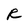
Character: R